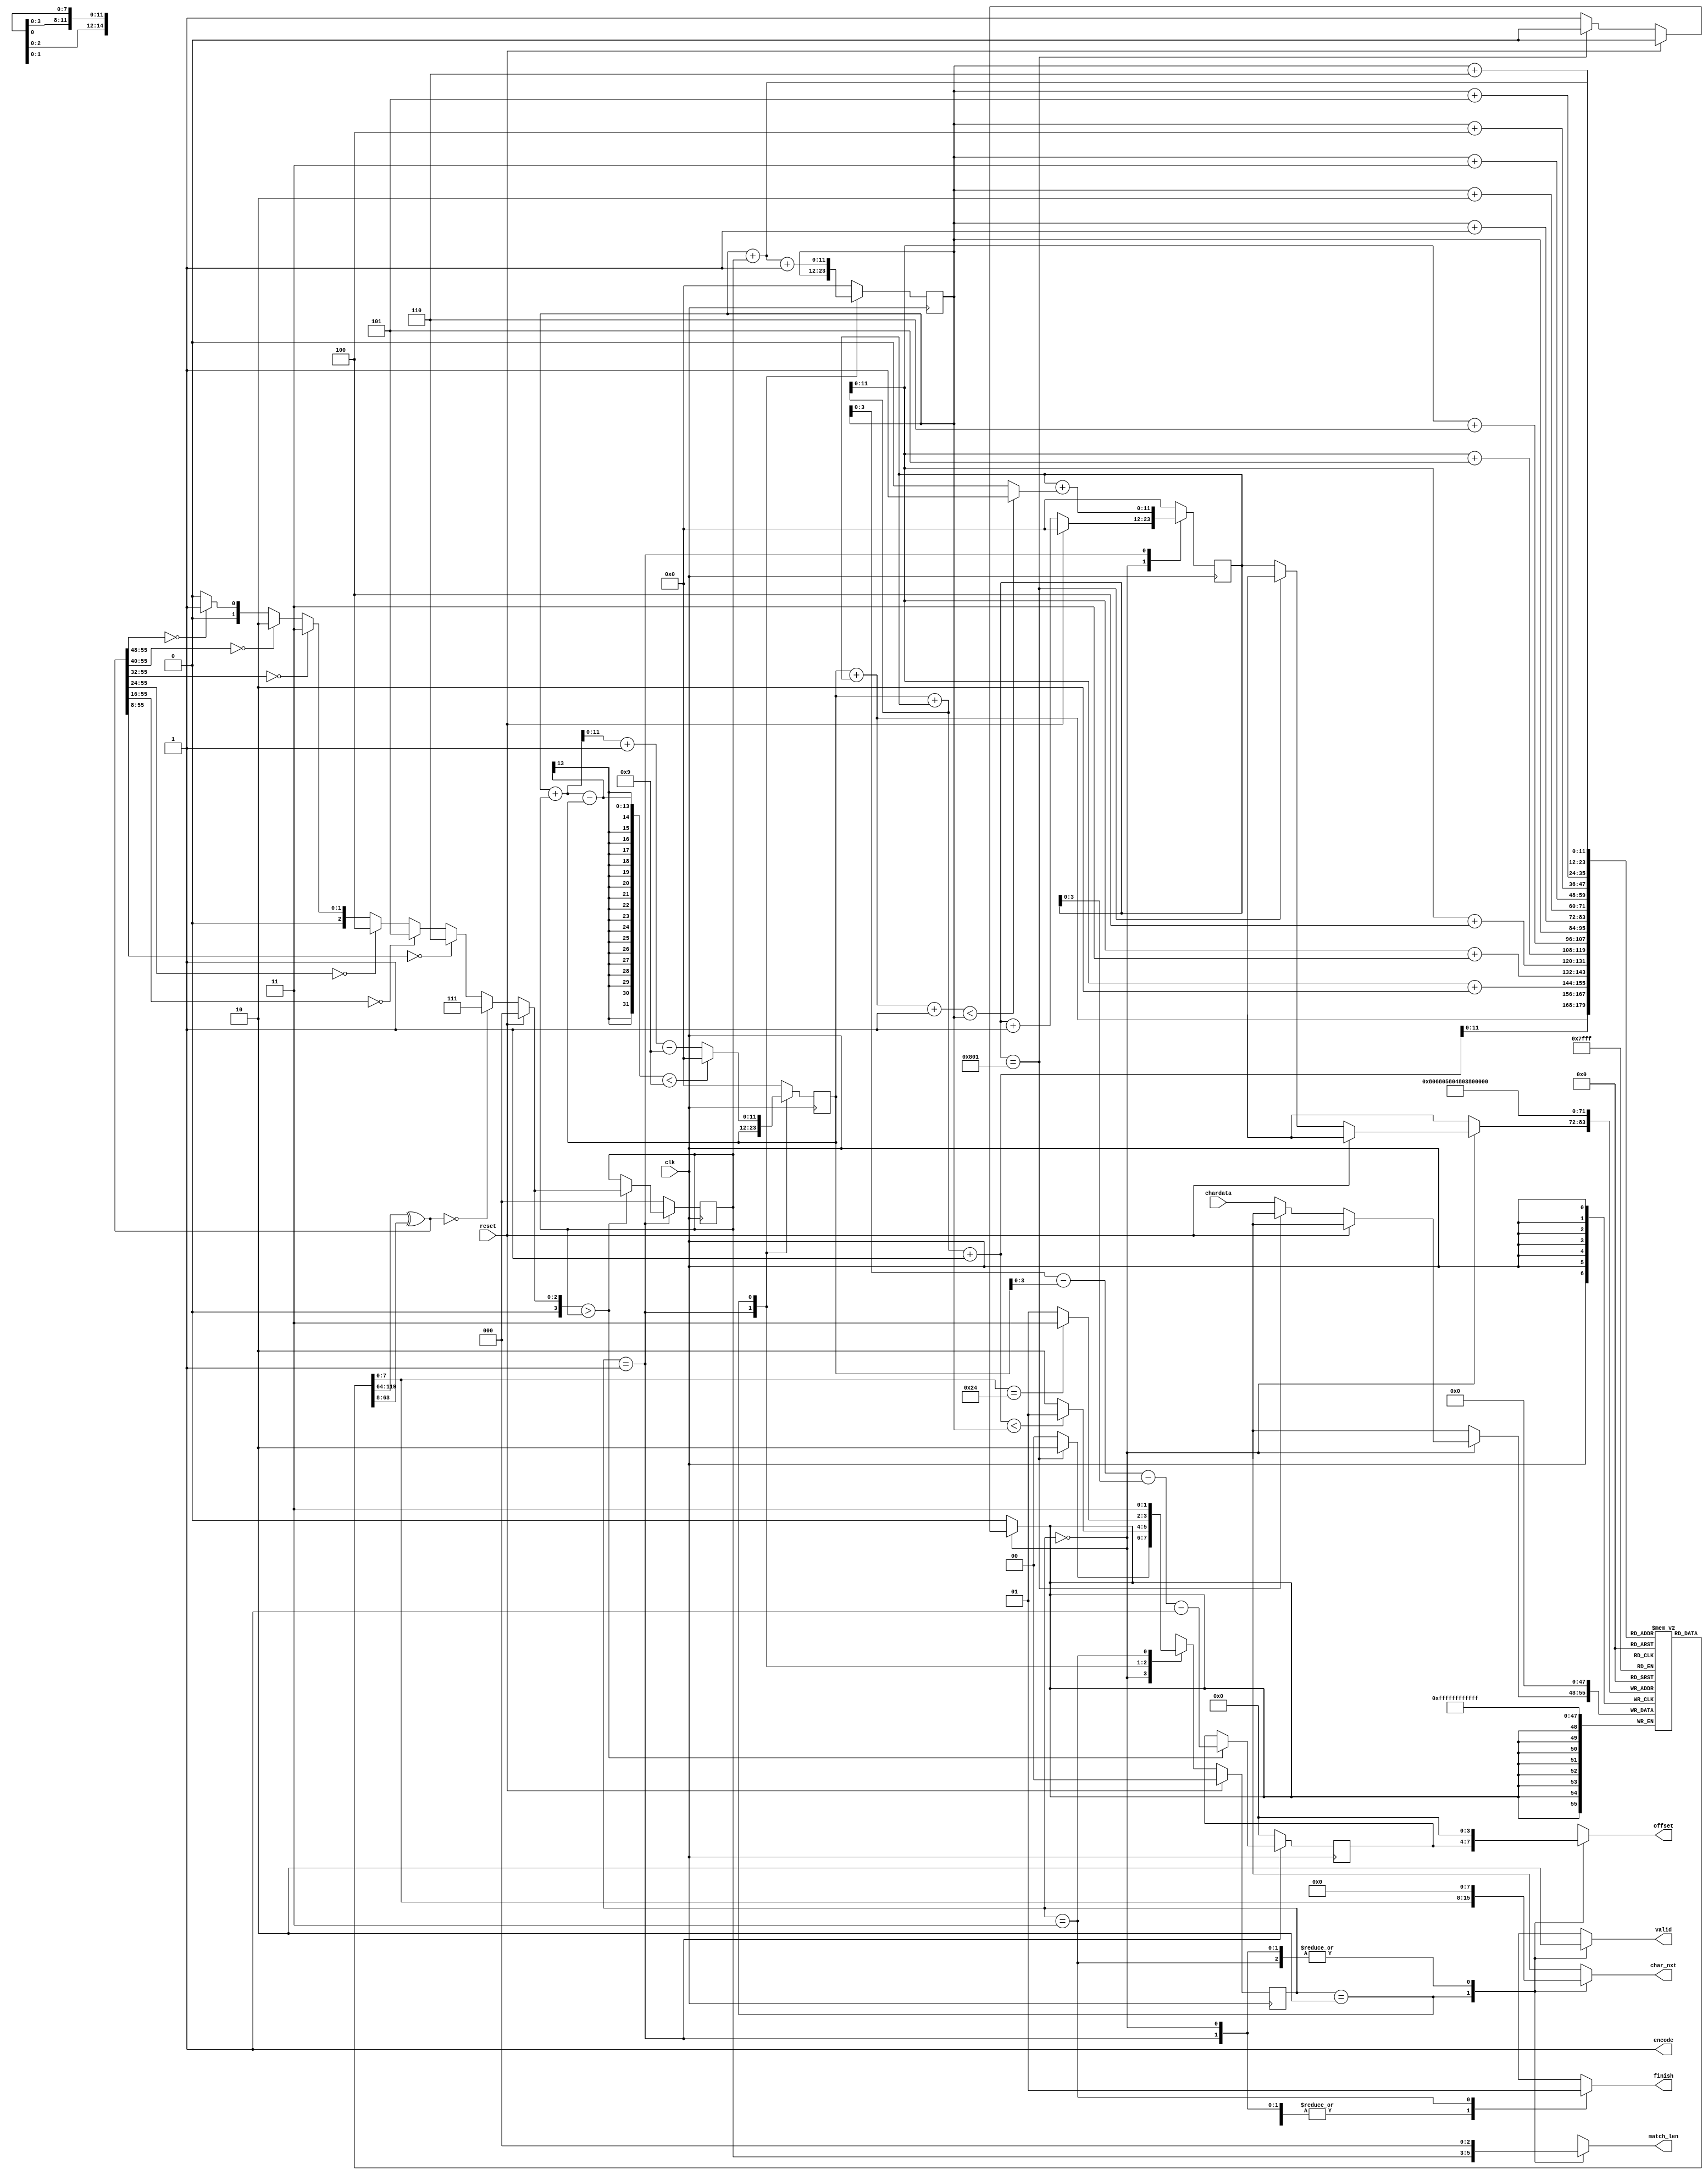
module LZ77_Encoder(clk,reset,chardata,valid,encode,finish,offset,match_len,char_nxt);
input 				clk;
input 				reset;
input 		[7:0] 	chardata;
output  			valid;
output  			encode;
output  			finish;
output 		[3:0] 	offset;
output 		[2:0] 	match_len;
output 	 	[7:0] 	char_nxt;
assign encode = 1;

// Define Width
parameter Wsearch = 9;				// Search buffer	=>  9 chars
parameter Wchar   = 8;				// char  			=>  8 bits
parameter In_len  = 2049;			// 2049 // 22 // 1025
parameter rdn_len = Wsearch - 3;	// Redundant length for in_str
parameter Wimg    = 12;				// img_length: 2049 => 12 bits
parameter Wstate  = 2;				// state 0-3        =>  3 bits

// Constant
parameter   [Wchar-1:0]	    EndSgn = 8'h24; // Dollar sign: '$' 

// Define State
parameter 	[Wstate-1:0] 	In_S   = 0;
parameter 	[Wstate-1:0] 	Enc_S  = 1;
parameter 	[Wstate-1:0] 	Out_S  = 2;
parameter 	[Wstate-1:0] 	Fin_S  = 3;


// Output register
reg 			valid;
reg 			finish;
reg [3:0] 		offset,    ans_offset, c_ml;
reg [2:0] 		match_len, ans_match_len;
reg [Wchar-1:0] char_nxt;

/********** Variables **********/
reg [Wstate-1:0] 	cur_S, nxt_S;
reg [Wchar-1:0]		in_str [0:In_len + rdn_len - 1]; // [In_len-1:0]
reg [Wimg-1:0] 		char_cnt, ans_char_cnt, sb, lb; // Index: 0 - 2048

// Next State Logic
always @(*) begin
	case (cur_S)
		In_S: 	// STATE 0
			nxt_S = (char_cnt == In_len)? Out_S : In_S;
		Enc_S: 	// STATE 2
			nxt_S = (sb + char_cnt+1) < lb ? Enc_S : Out_S;
		Out_S: 	// STATE 3
			nxt_S = in_str[lb + ans_match_len] == EndSgn ? Fin_S : Enc_S;
		Fin_S: 	// STATE 4
			nxt_S = Fin_S;
		default: nxt_S = In_S;
	endcase
end

// State Register
always @(posedge clk) begin
	cur_S <= reset ? In_S : nxt_S;
end

// Output Logic
always @(*) begin
	case (cur_S)
		In_S: begin // STATE 0
			valid     = 0;
			offset    = 0;
			match_len = 0;
			char_nxt  = 0;
			finish    = 0;
		end
		Enc_S: begin // STATE 1
			valid     = 0;
			offset    = 0;
			match_len = 0;
			char_nxt  = 0;
			finish    = 0;
		end
		Out_S: begin // STATE 2
			valid     = 1;
			offset    = ans_offset;
			match_len = ans_match_len;
			char_nxt  = in_str[lb + ans_match_len];
			finish    = 0;
		end
		Fin_S: begin // STATE 3
			valid     = 0;
			offset    = 0;
			match_len = 0;
			char_nxt  = 0;
			finish    = 1;
		end
		default: begin
			valid     = 0;
			offset    = 0;
			match_len = 0;
			char_nxt  = 0;
			finish    = 0;
		end
	endcase
end

//  Test Matching Function
parameter sb_test = 10;
parameter lb_test = 13;

// String Matching (Comb. ckt.)
wire [55:0] bundle_s, bundle_l, bundle_xor;
assign bundle_s = {	in_str[sb + char_cnt],
					in_str[sb + char_cnt + 1],
					in_str[sb + char_cnt + 2],
					in_str[sb + char_cnt + 3],
					in_str[sb + char_cnt + 4],
					in_str[sb + char_cnt + 5],
					in_str[sb + char_cnt + 6]};
assign bundle_l = {	in_str[lb],
					in_str[lb+1],
					in_str[lb+2],
					in_str[lb+3],
					in_str[lb+4],
					in_str[lb+5],
					in_str[lb+6]};
assign bundle_xor = bundle_s ^ bundle_l;
always @(*) begin
	if(reset)
		c_ml = 3'd0;
	else begin
		casex(bundle_xor)
		56'h00000000000000: c_ml = 7;
		56'h000000000000xx: c_ml = 6;
		56'h0000000000xxxx: c_ml = 5;
		56'h00000000xxxxxx: c_ml = 4;
		56'h000000xxxxxxxx: c_ml = 3;
		56'h0000xxxxxxxxxx: c_ml = 2;
		56'h00xxxxxxxxxxxx: c_ml = 1;
		default: 			c_ml = 0;
		endcase
	end
end

// Counter & Encoding
integer i;
// Quartus: Only clk signal can be triggered
always @(posedge clk/* or cur_S*/) begin
	for (i = In_len; i < In_len + rdn_len; i=i+1)
		in_str[i] <= 0; // Initialize redundant reg
	case(cur_S)
		In_S: begin // STATE 0
			sb 		<= 0;
			lb 		<= 0;
			ans_offset <= 0;
			ans_match_len <= 0;
			if(reset)
				char_cnt <= 0;
			else begin
				if(char_cnt == In_len)
					char_cnt <= 0;
				else
					in_str[char_cnt] <= chardata;
					char_cnt <= char_cnt + 12'd1;
			end
		end
		Enc_S: begin // STATE 2
			sb <= sb; // sb_test;
			lb <= lb; // lb_test;
			char_cnt <= 
				char_cnt + (sb + char_cnt + 12'd1 < lb ? 12'd1:12'd0);
			if(c_ml > ans_match_len) begin
				ans_offset <= lb - sb - char_cnt - 12'd1;
				ans_match_len <= c_ml;
			end
		end
		Out_S: begin // STATE 3
			if(lb + ans_match_len - sb < Wsearch)
				sb <= 0;
			else
				sb <= (lb + ans_match_len + 12'd1) - Wsearch;
			lb <= lb + ans_match_len + 12'd1;
			char_cnt <= 0;
			ans_offset <= 0;
			ans_match_len <= 0;
		end
		default: begin
			sb <= 0;
			lb <= 0;
			char_cnt <= 0;
			ans_offset <= 0;
			ans_match_len <= 0;
		end
	endcase
end
endmodule